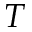
T